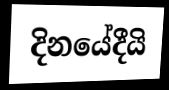
දිනයේදීයි